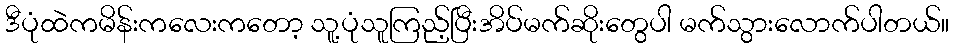
ဒီပုံထဲကမိန်းကလေးကတော့ သူ့ပုံသူကြည့်ပြီးအိပ်မက်ဆိုးတွေပါ မက်သွားလောက်ပါတယ်။